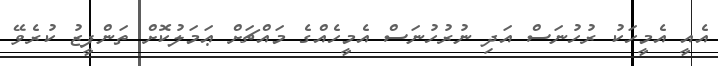
އެއީ އެމީހަކު ރުހުނަސް އަދި ނުރުހުނަސް އެމީހެއްގެ މައްޗަށް ޢަމަލުކޮށް ތަންފީޒު ކުރެވޭ